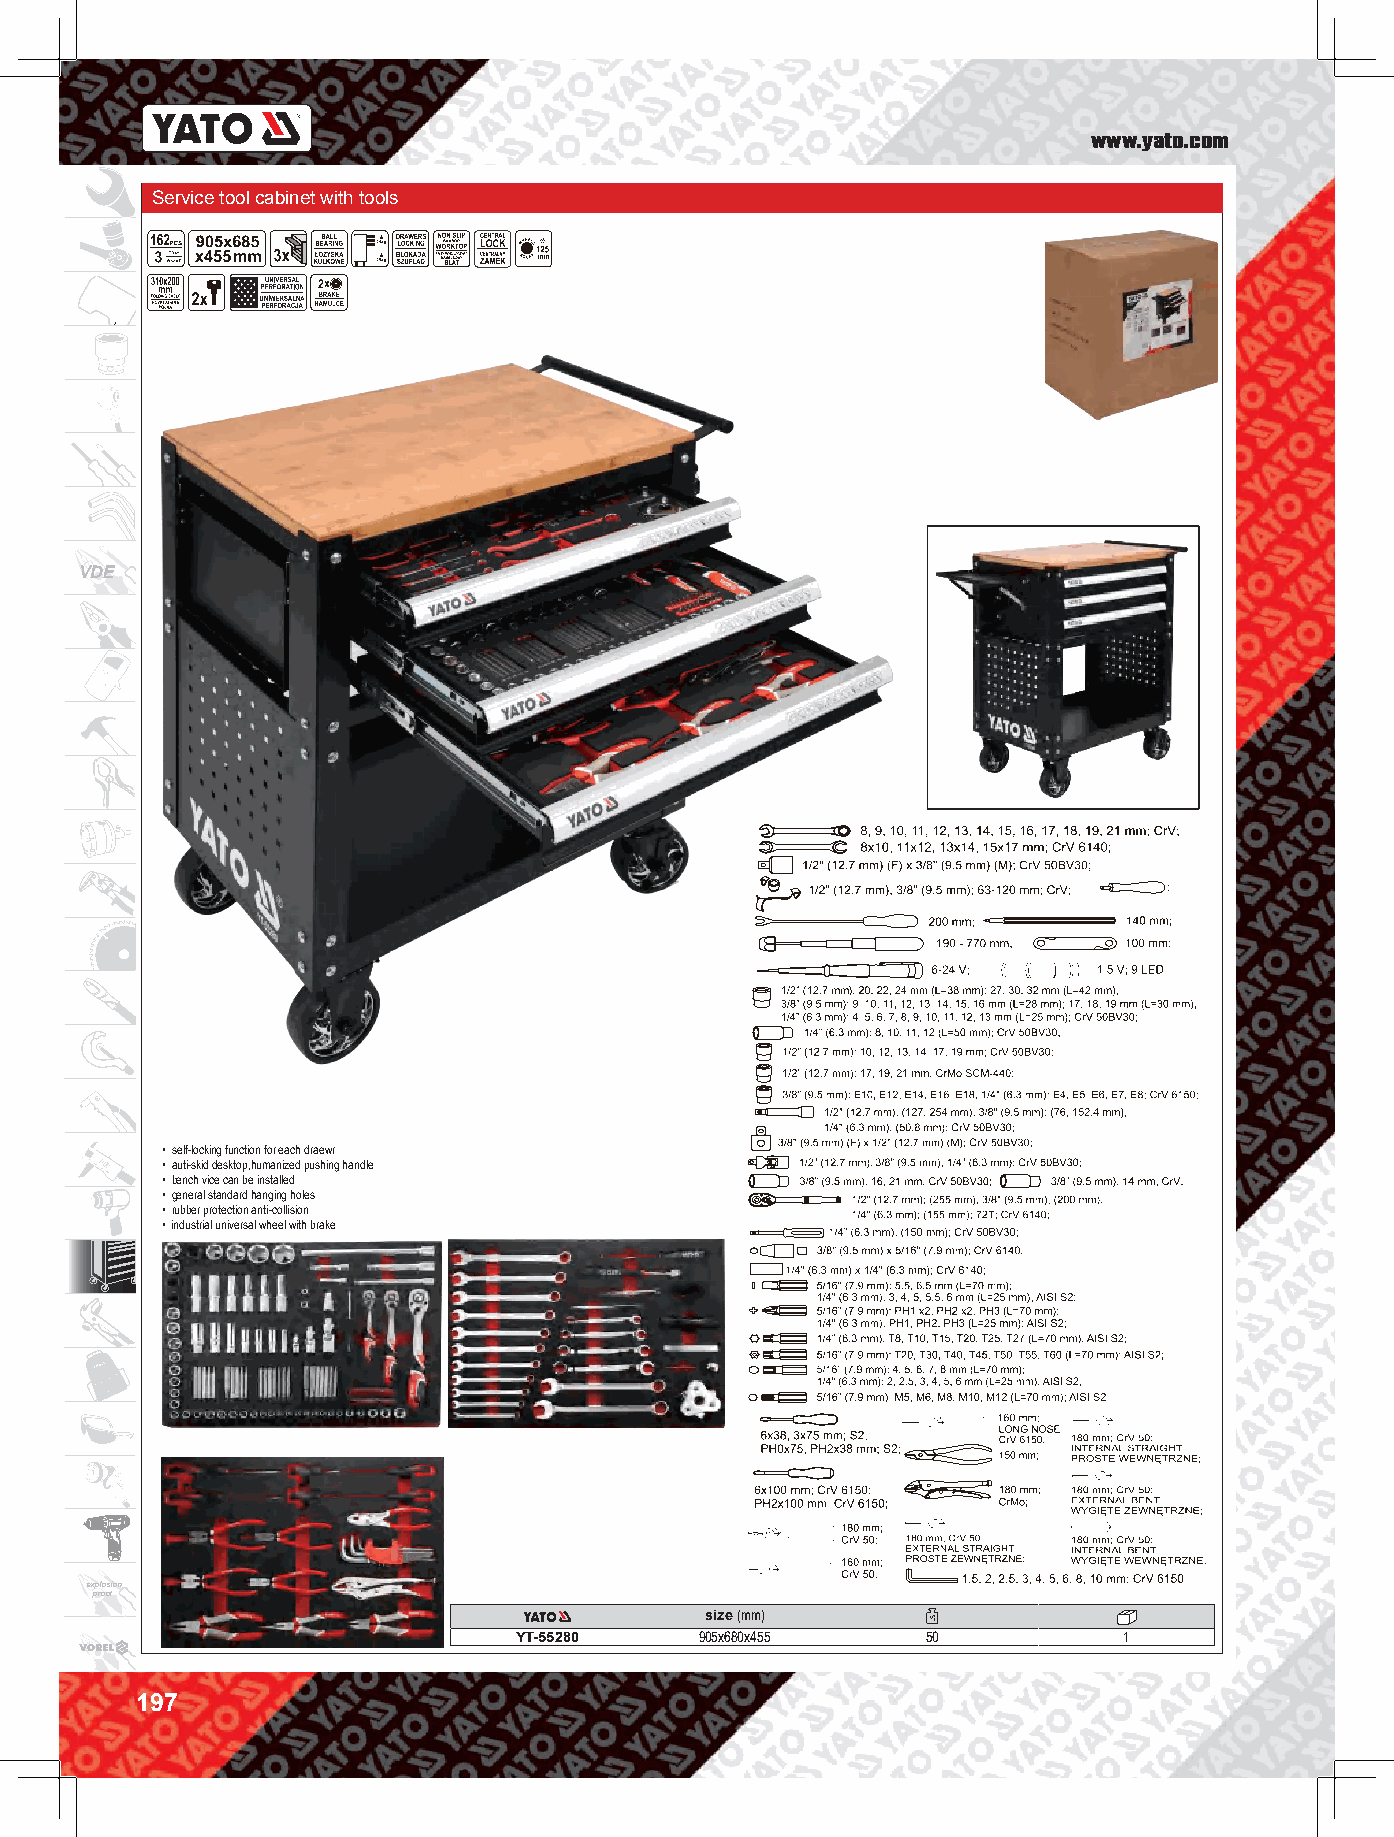
www.yato.com
 Service tool cabinet with tools B
 VDE
 B
 • self-locking function for each draewr
 • auti-skid desktop,humanized pushing handle
 • bench vice can be installed
 • general standard hanging holes
 • rubber protection anti-collision
 • industrial universal wheel with brake
 explosion
 proof
 size (mm)
 YT-55280    905x680x455    50           1
 197